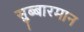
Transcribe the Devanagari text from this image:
सुब्बारमान